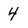
Character: 4